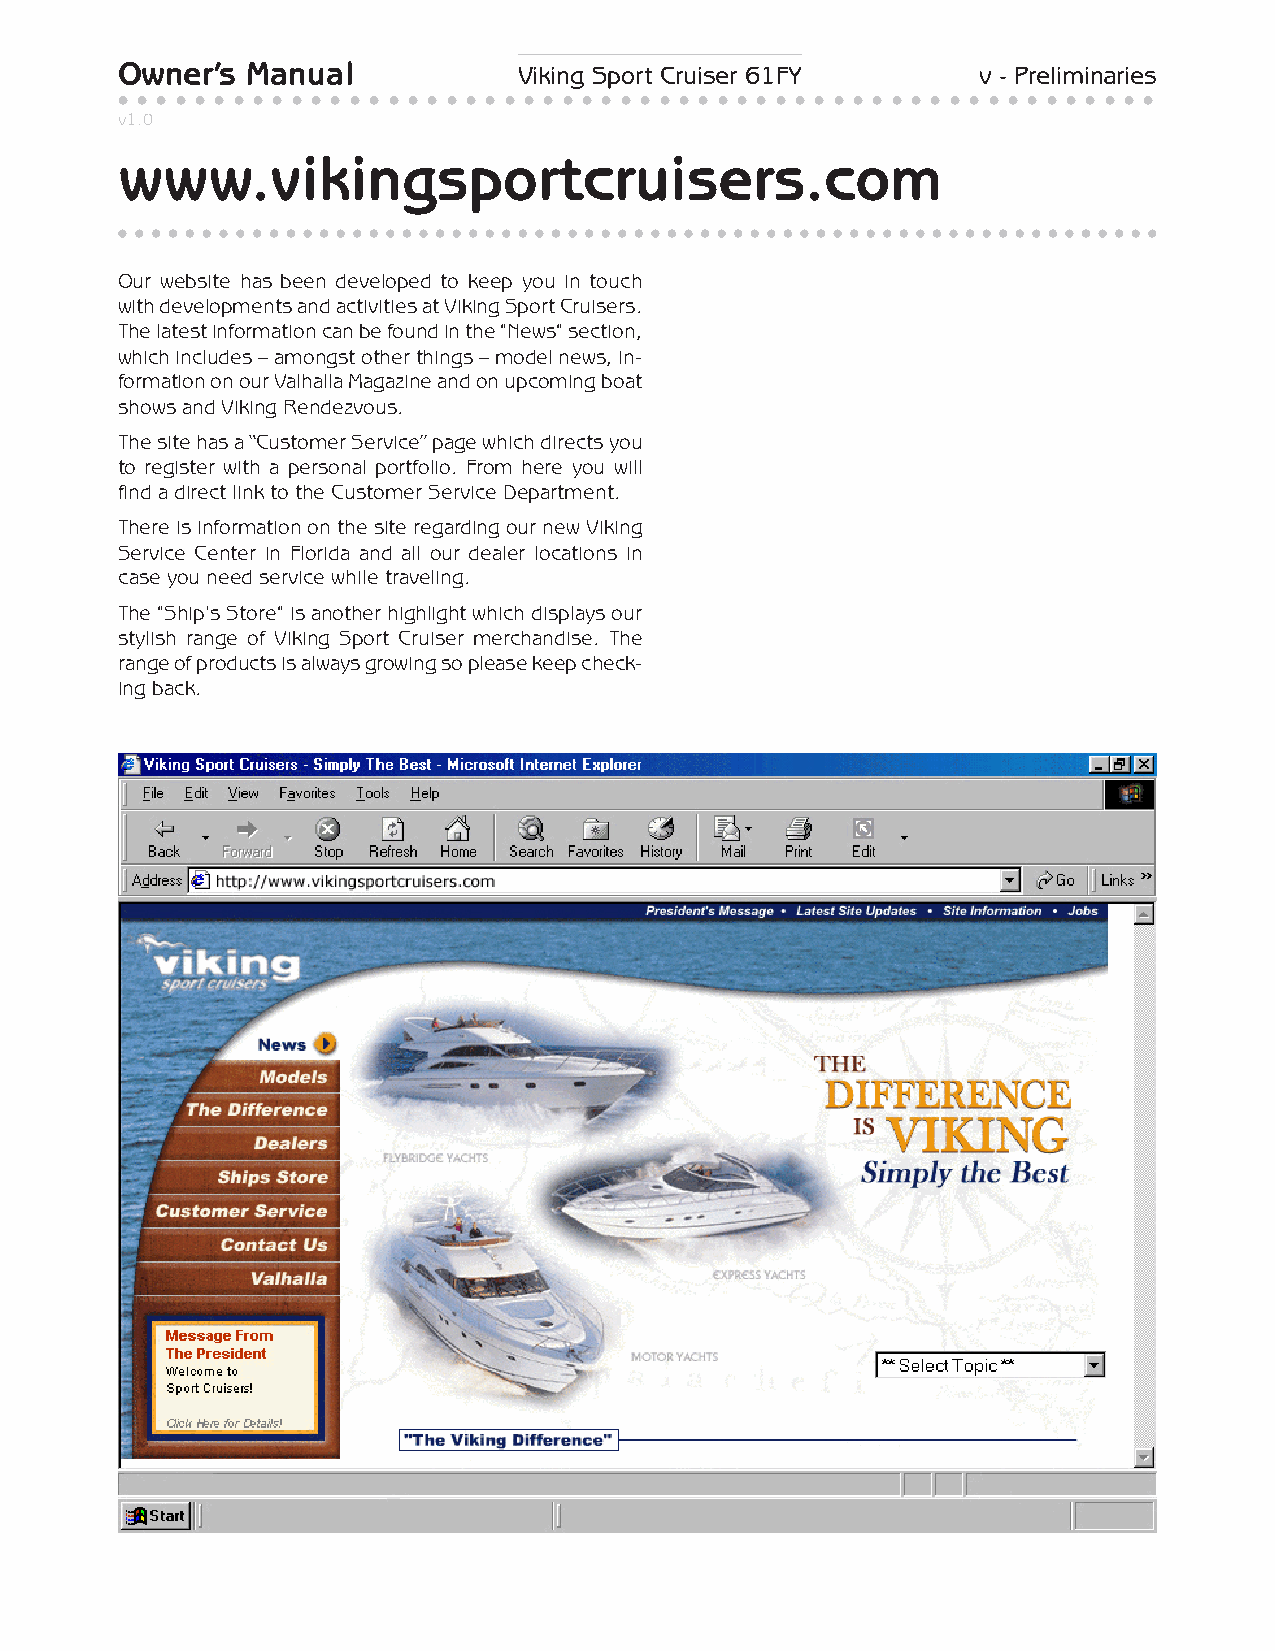
Owner’s Manual            Viking Sport Cruiser 61FY      v - Preliminaries
 • • • • • • • • • • • • • • • • • • • • • • • • • • • • • • • • • • • • • • • • • • • • • • • • • • • • • •
 v1.0
 www.vikingsportcruisers.com
 Our website has been developed to keep you in touch
 with developments and activities at Viking Sport Cruisers.
 The latest information can be found in the "News" section,
 which includes – amongst other things – model news, in-
 formation on our Valhalla Magazine and on upcoming boat
 shows and Viking Rendezvous.
 The site has a “Customer Service” page which directs you
 to register with a personal portfolio. From here you will
 find a direct link to the Customer Service Department.
 There is information on the site regarding our new Viking
 Service Center in Florida and all our dealer locations in
 case you need service while traveling.
 The "Ship's Store" is another highlight which displays our
 stylish range of Viking Sport Cruiser merchandise. The
 range of products is always growing so please keep check-
 ing back.
 ○ ○ ○ ○ ○ ○ ○ ○ ○ ○ ○ ○ ○ ○ ○ ○ ○ ○ ○ ○ ○ ○ ○ ○ ○ ○ ○ ○ ○ ○ ○ ○ ○ ○ ○ ○ ○ ○ ○ ○ ○ ○ ○ ○ ○ ○ ○ ○ ○ ○ ○ ○ ○ ○ ○ ○ ○ ○ ○ ○ ○ ○ ○